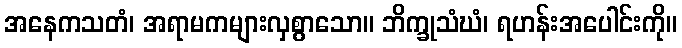
အနေကသတံ၊ အရာမကများလှစွာသော။ ဘိက္ခုသံဃံ၊ ရဟန်းအပေါင်းကို။